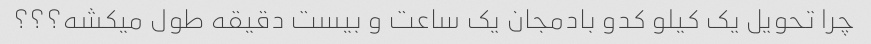
چرا تحویل یک کیلو کدو بادمجان یک ساعت و بیست دقیقه طول میکشه؟؟؟